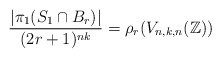
\begin{align*} \dfrac{ | \pi_{1}( S_{1} \cap B_r) | }{(2r+1)^{nk}} = \rho_{r}(V_{n, k, n}(\mathbb{Z}))\end{align*}